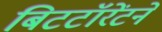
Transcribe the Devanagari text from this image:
बिटटॉरेंटने